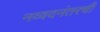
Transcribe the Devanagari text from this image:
नव्वदनंतरची